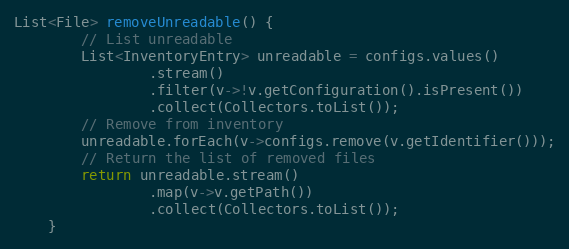
Language: Java
List<File> removeUnreadable() {
		// List unreadable
		List<InventoryEntry> unreadable = configs.values()
				.stream()
				.filter(v->!v.getConfiguration().isPresent())
				.collect(Collectors.toList());
		// Remove from inventory
		unreadable.forEach(v->configs.remove(v.getIdentifier()));
		// Return the list of removed files
		return unreadable.stream()
				.map(v->v.getPath())
				.collect(Collectors.toList());
	}